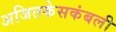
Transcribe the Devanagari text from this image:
अजितकेसकंबली